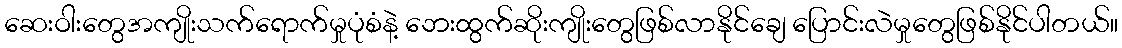
ဆေးဝါးတွေအကျိုးသက်ရောက်မှုပုံစံနဲ့ ဘေးထွက်ဆိုးကျိုးတွေဖြစ်လာနိုင်ချေ ပြောင်းလဲမှုတွေဖြစ်နိုင်ပါတယ်။